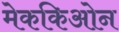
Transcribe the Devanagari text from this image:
मेककिओन